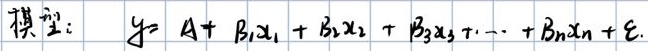
模型：$y = A + \beta_1 x_1 + \beta_2 x_2 + \beta_3 x_3 + \cdots + \beta_n x_n + \epsilon$